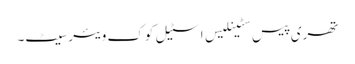
تھری پیس سٹینلیس اسٹیل کوک ویئر سیٹ۔